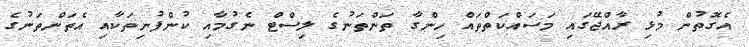
އެގޮތުން މުޅި ރާއްޖޭގައި މަސައްކަތްތައް ހިންގާ ތަންތަނުގެ ލިސްޓް ނެގުމާއި ކުންފުނިތަކާއި އެތަންތަނުގެ